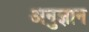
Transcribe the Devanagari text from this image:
अनुज्ञान